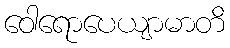
ဝေါရောပေယျာမာတိ